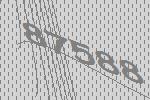
87588